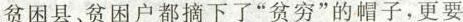
贫困县、贫困户都摘下了”贫穷”的帽子，更要